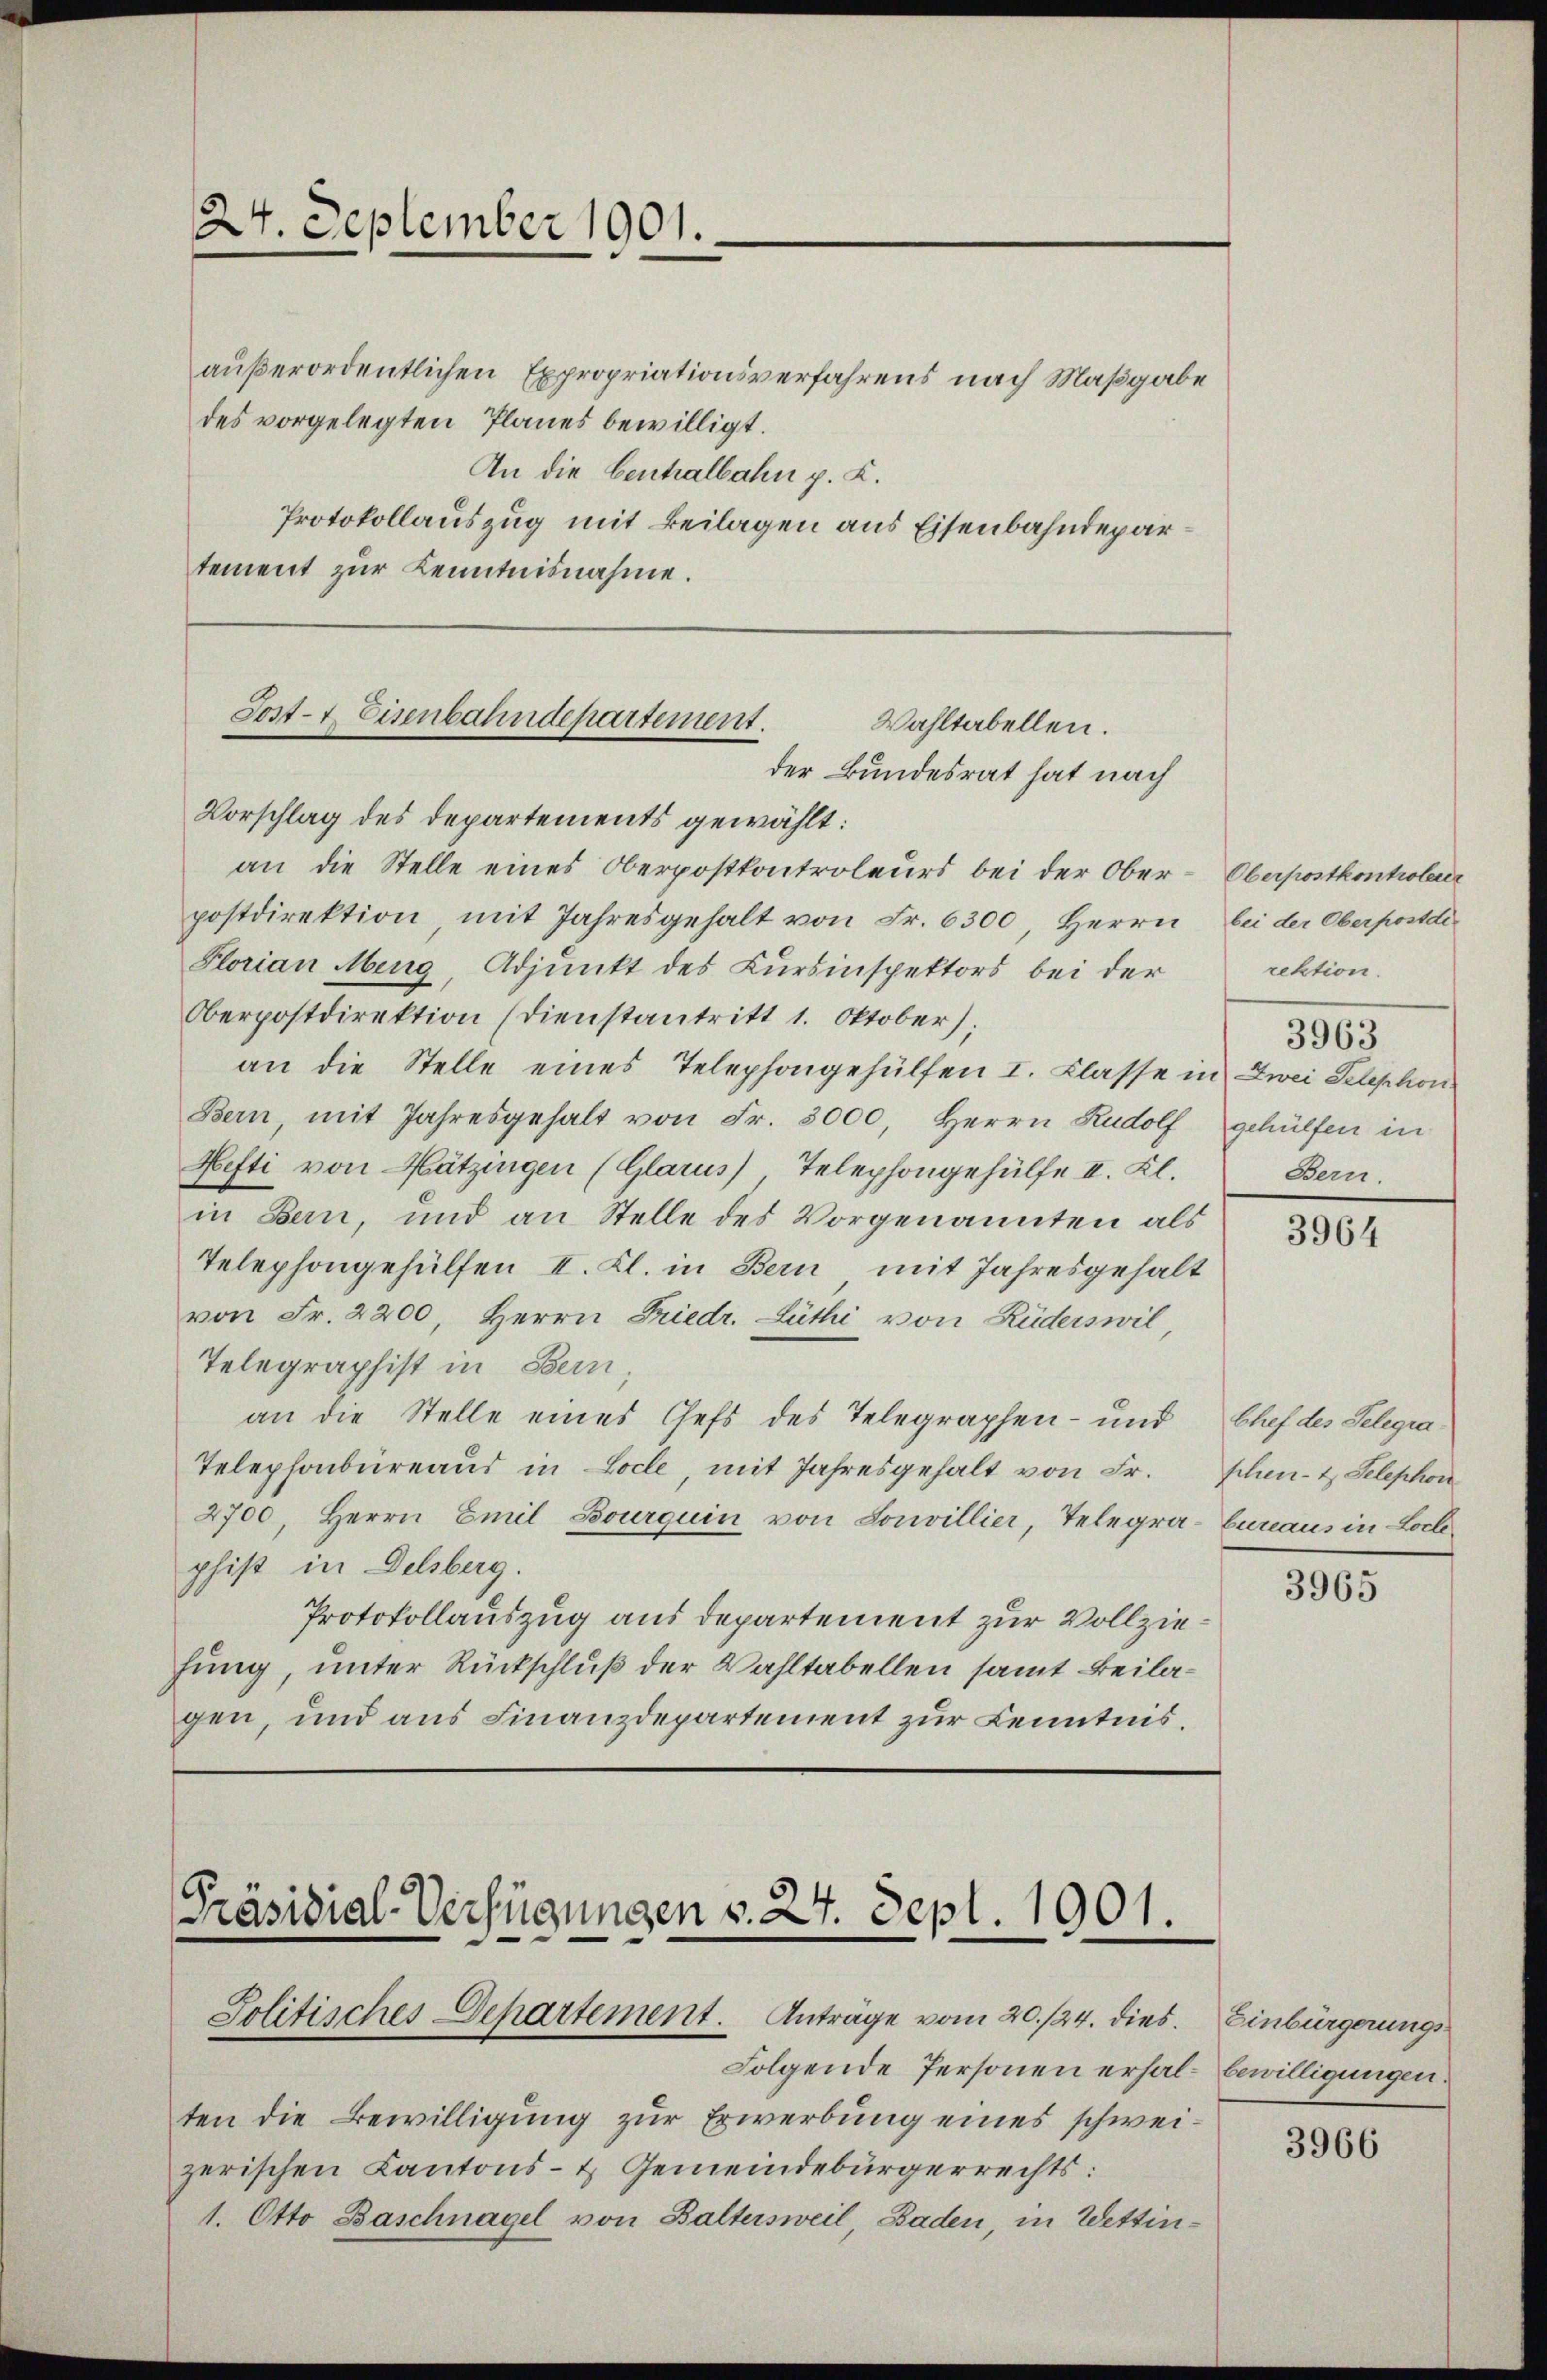
24. September 1901.

außerordentlichen Expropriationsverfahrens nach Maßgabe
des vorgelegten Planes bewilligt.
An die Centralbahn p. K.
Protokollauszug mit Beilagen aus Eisenbahndepartement zur Kenntnisnahme.

Post- & Eisenbahndepartement.
Wahltabellen.
der Bundesrat hat nach

Vorschlag des Departements gewählt:
an die Stelle eines Oberpostkontroleurs bei der Ober-Oberpostkontroleur
postdirektion mit Jahresgehalt von Fr. 6300, Herrn, bei der Oberpostdi
Florian Meng, Adjunkt des Kursinspektors bei der
Oberpostdirektion (dienstantritt 1. Oktober);
an die Stelle eines Telephongehülfen I. Klasse in Zwei Telephon
Bern, mit Jahresgehalt von Fr. 3000, Herrn Rudolf
Hefti von Mätzingen (Glarus) Telephongehülfe II. Kl.
in Bern, und an Stelle des Vorgenannten als
Telephongehülfen II. Kl. in Bern mit Jahresgehalt
von Fr. 2200, Herrn Friedr. Lüthi von Rüderswil
Telegraphist in Bern,
an die Stelle eines Chefs des Telegraphen- und Chef des Selegra¬
Telephonbureaus in Locle, mit Jahresgehalt von Fr.
2700, Herrn Emil Bourquin von Souvillier, Telegra-bunaus in Lochephist in Delsberg.
Protokollauszug aus departement zur Vollziehung, unter Rückschluß der Wahltabellen samt Beilagen, und aus Finanzdepartement zur Kenntnis.

[Präsidial-Verfügungen v. 24. Sept. 1901.
Politisches Departement. Anträge vom 20./24. dies

Folgende Personen erhal- bewilligungen.
ten die Bewilligung zur Erwerbung eines schweizerischen Kantons- & Gemeindebürgerrechts:
1. Otto Baschnagel von Baltersweil, Baden, in Wettin¬

rektion.
3963
gehülfen in
Bern.

3964

schen- u. Telephon

3965

Einbürgerungs¬

3966